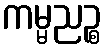
ကမ္မညဉ္စ